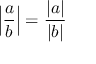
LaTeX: \left| { \frac { a } { b } } \right| = { \frac { | a | } { | b | } }